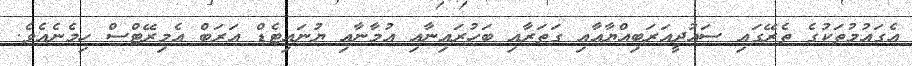
އެގައުމުތަކުގެ ތެރޭގައި ސައުދީއަރަބިއްޔާއާއި ގަތަރާއި ބަހުރައިނާއި އުމާނާއި ޔުނައިޓެޑް އަރަބް އެމިރޭޓްސް ހިމެނެއެވެ.